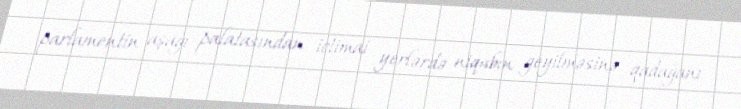
parlamentin aşağı palatasından ictimai yerlərdə niqabın geyilməsinə qadağanı